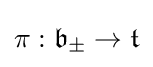
\pi :{\mathfrak {b}}_{\pm }\to {\mathfrak {t}}